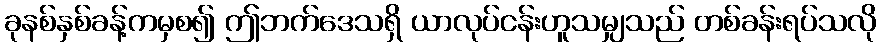
ခုနစ်နှစ်ခန့်ကမှစ၍ ဤဘက်ဒေသရှိ ယာလုပ်ငန်းဟူသမျှသည် တစ်ခန်းရပ်သလို